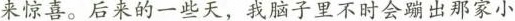
来惊喜。后来的一些天，我脑子里不时会蹦出那家小